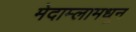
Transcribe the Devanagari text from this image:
मेदाम्लामधून